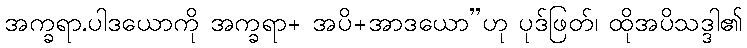
အက္ခရာ.ပါဒယောကို အက္ခရာ+ အပိ+အာဒယော”ဟု ပုဒ်ဖြတ်၊ ထိုအပိသဒ္ဒါ၏